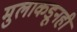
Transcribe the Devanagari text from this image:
मुलाकडूनही